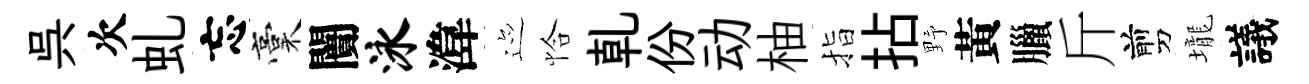
呉次虬忘稾闠泳湋迹恰乹份动柚指拈野黃臘斤剪壠議